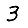
Digit: 3